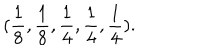
( \frac { 1 } { 8 } , \frac { 1 } { 8 } , \frac { 1 } { 4 } , \frac { 1 } { 4 } , \frac { 1 } { 4 } ) .